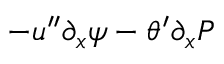
- u ^ { \prime \prime } \partial _ { x } \psi - \theta ^ { \prime } \partial _ { x } P